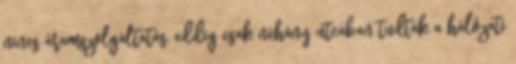
nincs áramszolgáltatás, eddig csak néhány utcában tudták a hálózati